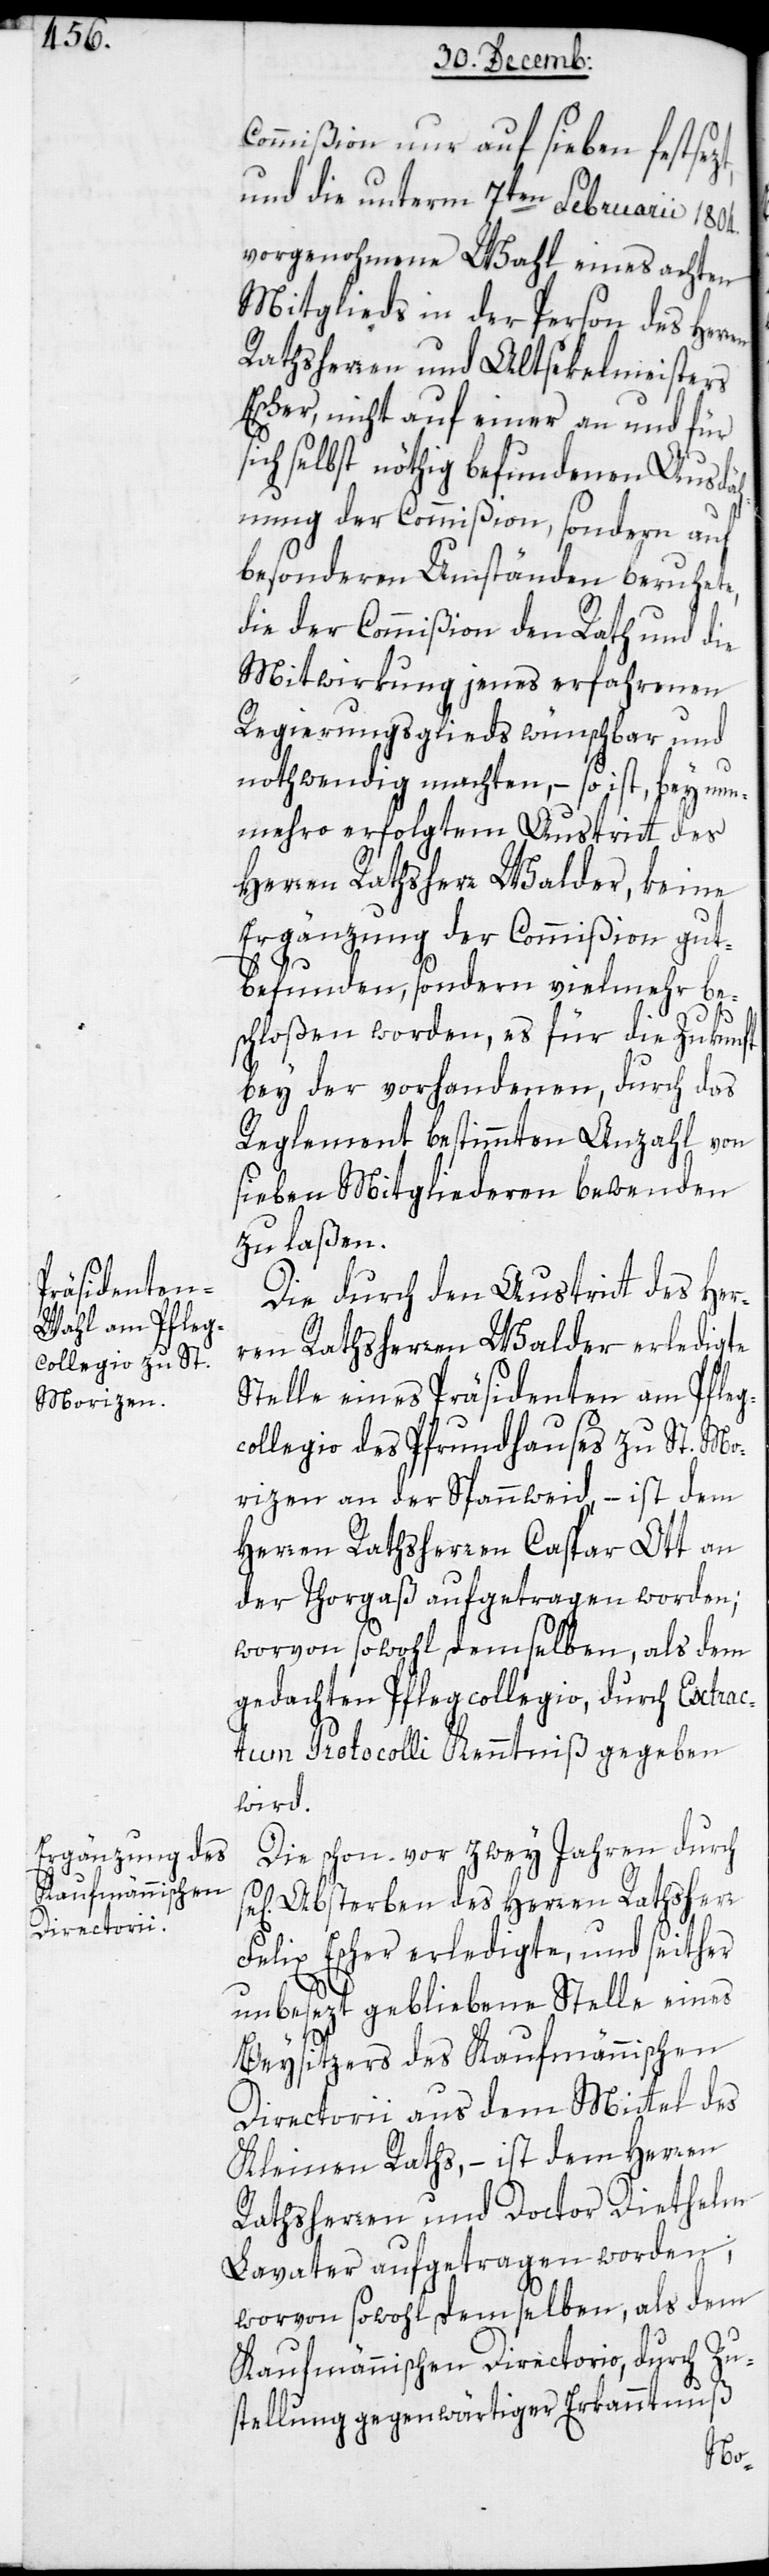
Commißion nur auf sieben festsezt,
und die unterm 7ten Februarii 1804.
vorgenohmene Wahl eines achten
Mitglieds in der Person des Herr¬
Rathsherren und Altsekelmeisters
Escher, nicht auf einer an und für
ich selbst nöthig befundenen Ausdeh¬
nung der Commißion, sondern auf
besonderen Umständen beruhete,
die der Commißion den Rath und die
Mitwirkung jenes erfahrnen
Regierungsglieds wünschbar und
nothwendig machten, – so ist, bey nun¬
mehro erfolgtem Austritt des
Herren Rathsherr Walder, keine
Ergänzung der Commißion gut
befunden, sondern vielmehr be¬
schloßen worden, es für die Zukunft
bey der vorhandenen, durch das
Reglement bestimmten Anzahl von
sieben Mitgliederen bewenden
zu laßen.
Die durch den Austritt des Her¬
ren Rathsherr Walder erledigte
Stelle eines Präsidenten am Pfleg¬
collegio des Pfrundhauses zu St. Mo¬
rizen an der Spannweid, – ist dem
Herren Rathsherr Caspar Ott an
der Thorgaß aufgetragen worden;
worvon sowohl demselben als dem
gedachten Pflegcollegio, durch Extrac¬
tum Protocolli Kenntniß gegeben
wird.
Die schon vor zwey Jahren durch
Absterben des Herren Rathsherr
Felix Escher erledigte, und seither
unbesezt gebliebene Stelle eines
Beysitzers des Kaufmännischen
Directorii aus dem Mittel des
Kleinen Raths, – ist dem Herren
Rathsherren und Doctor Diethelm
Lavater aufgetragen worden;
worvon sowohl demselben als dem
kaufmännischen Directorio, durch Zu¬
stellung gegenwärtiger Erkanntnuß
s¬